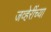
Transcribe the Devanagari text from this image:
जव्हेरींच्या